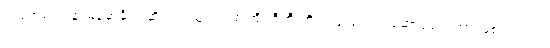
အဖွဲ့အစည်းနဲ့ မြန်မာနိုင်ငံဆိုင်ရာ ယူအက်စ် အိုင်စီတီ တို့က ပူးပေါင်း ဆောင်ရွက်တာ ဖြစ်ပါတယ်။